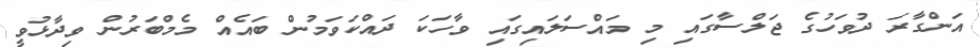
އަންގާރަ ދުވަހުގެ ޖަލްސާގައި މި މައްސަލައިގައި ވާހަކަ ދައްކަވަމުން ބައެއް މެމްބަރުން ވިދާޅުވީ